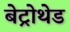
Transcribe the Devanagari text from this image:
बेट्रोथेड